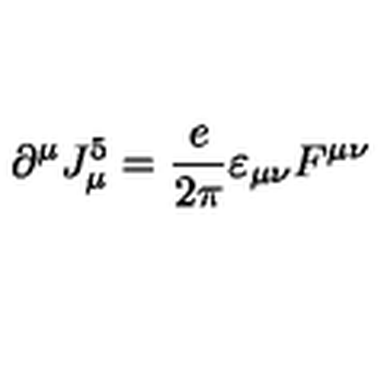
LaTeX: \partial ^ { \mu } J _ { \mu } ^ { 5 } = { \frac { e } { 2 \pi } } \varepsilon _ { \mu \nu } F ^ { \mu \nu }